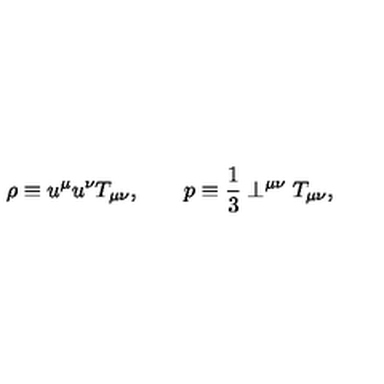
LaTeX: \rho \equiv u ^ { \mu } u ^ { \nu } T _ { \mu \nu } , \qquad p \equiv \frac { 1 } { 3 } \perp ^ { \mu \nu } T _ { \mu \nu } ,